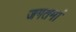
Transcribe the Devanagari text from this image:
जगतमां